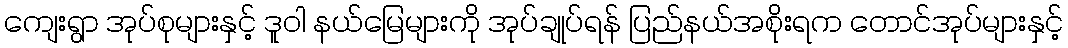
ကျေးရွာ အုပ်စုများနှင့် ဒူဝါ နယ်မြေများကို အုပ်ချုပ်ရန် ပြည်နယ်အစိုးရက တောင်အုပ်များနှင့်